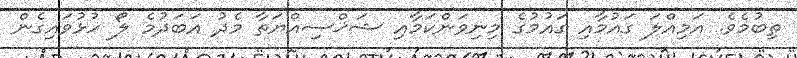
ތިބުމެވެ. އަމިއްލަ ގައުމާއި ގައުމުގެ މިނިވަންކަމާއި ޝަޚްސިއްޔަތާ މެދު އަބަދުމެ ލޯ ހުޅުވައިގެން